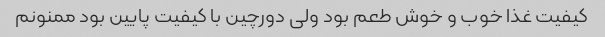
کیفیت غذا خوب و خوش طعم بود ولی دورچین با کیفیت پایین بود ممنونم